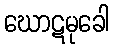
ဃောဋမုခေါ